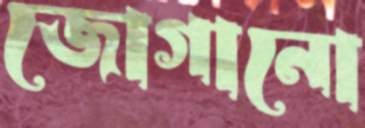
জোগানো